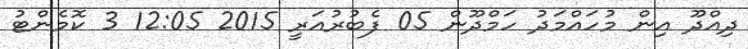
ދިއްދޫ އިން މުހައްމަދު ހަމްދޫން 05 ފެބުރުއަރީ 2015 12:05 3 ކޮމެންޓު